Indian journal of veterinary science and animal husbandry - Volume 14,
Year: 1944
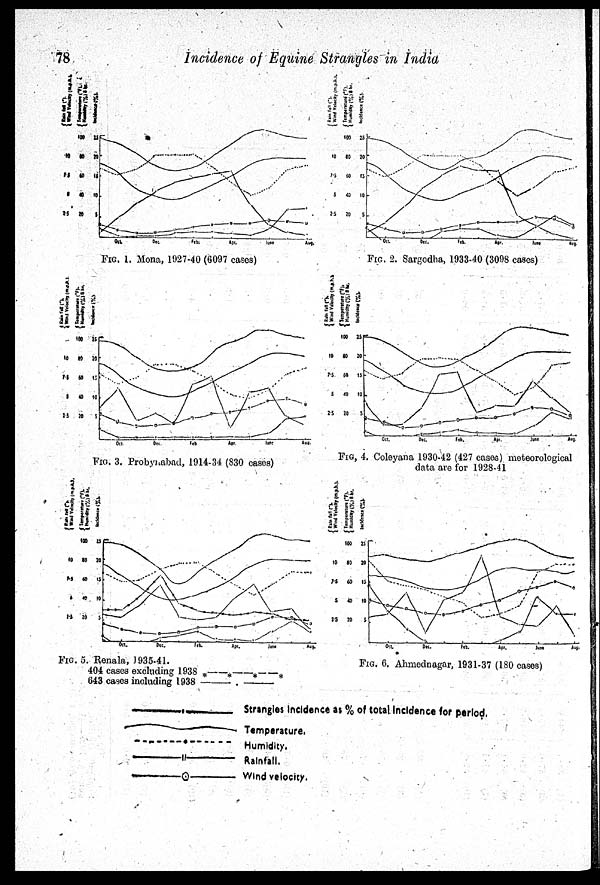
78
Incidence of Equine Strangles in India
FIG. 1. Mona, 1927-40 (6097 cases)
FIG. 2. Sargodha, 1933-40 (3098 cases)
FIG. 3. Probynabad, 1914-34 (830 cases)
FIG. 4. Coleyana 1930-42 (427 cases) meteorological
data are for 1928-41
FIG. 5. Renala, 1935-41.
404 cases excluding 1938
643 cases including 1938
FIG. 6. Ahmednagar, 1931-37 (180 cases)
Strangles Incidence as % of total Incidence for period.
Temperature.
Humidity.
Rainfall.
Wind velocity.